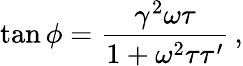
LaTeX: \tan\phi=\frac{\gamma^{2}\omega\tau}{1+\omega^{2}\tau\tau^{\prime}}\, ,